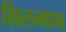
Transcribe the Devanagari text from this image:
ग़िलमान